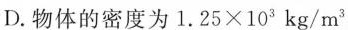
D.物体的密度为$$1 . 2 5 \times 1 0 ^ { 3 } k g / m ^ { 3 }$$